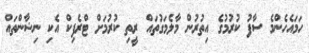
ހަމައެހެންމެ ސާފު ކުރުމުގެ އިތުރުން މާލެމަގުތައް ރީތި ކުރުމަށް ޓްރެފިކް އެކި ނިޝާންތައް